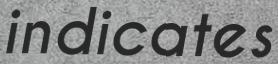
indicates